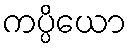
ကပ္ပိယော